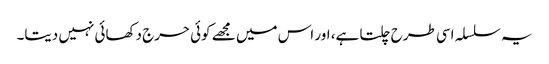
یہ سلسلہ اسی طرح چلتا ہے، اور اس میں مجھے کوئی حرج دکھائی نہیں دیتا۔